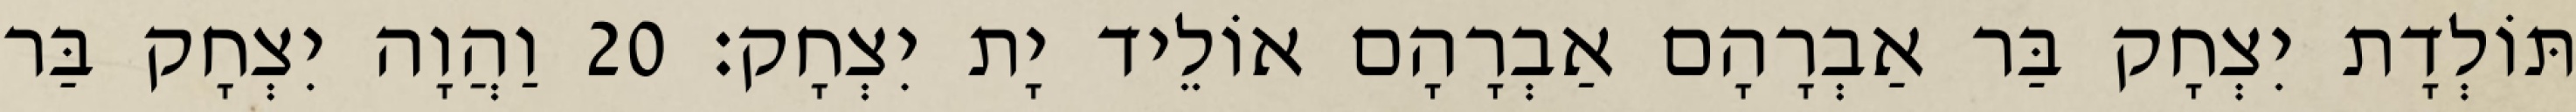
תּוֹלְדָת יִצְחָק בַּר אַבְרָהָם אַבְרָהָם אוֹלֵיד יָת יִצְחָק׃ 20 וַהֲוָה יִצְחָק בַּר